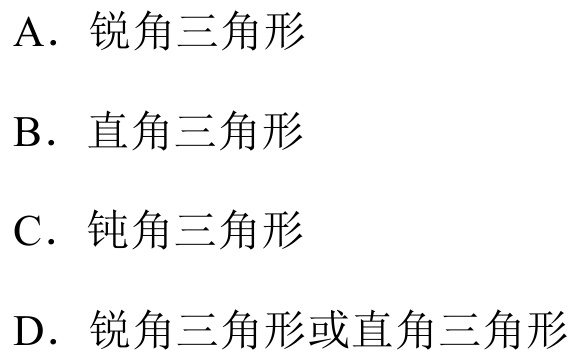
A. 锐角三角形
B. 直角三角形
C. 钝角三角形
D. 锐角三角形或直角三角形